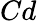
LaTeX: Cd